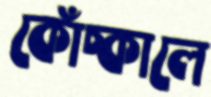
কোঁচ্‌কালে